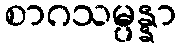
စာဂသမ္ပန္နာ